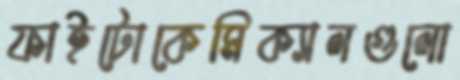
ফাইটোকেমিক্যালগুলো